Civil Veterinary Dept. Assam report 1927-50 - 1927-1950
Year: 1927
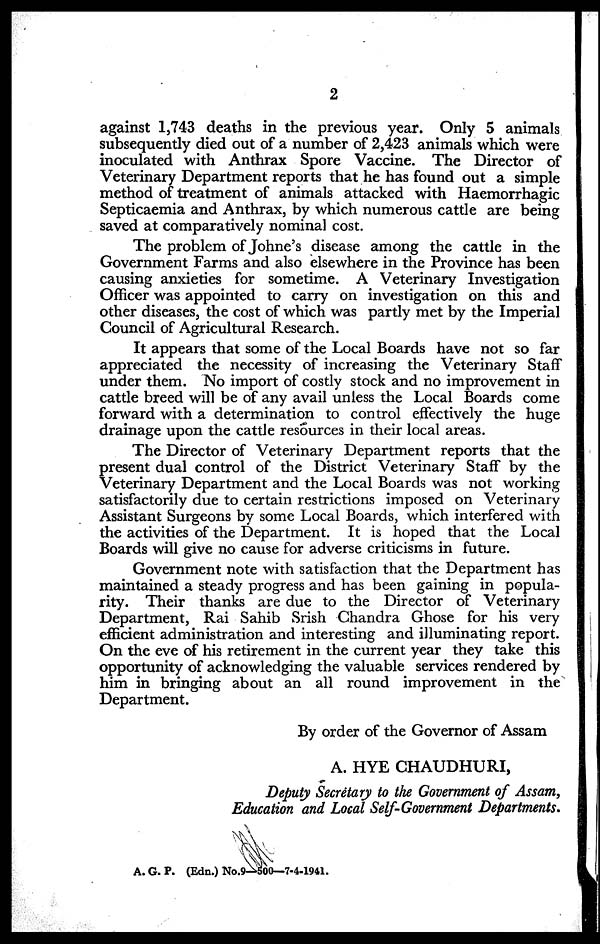
2
against 1,743 deaths in the previous year. Only 5 animals
subsequently died out of a number of 2,423 animals which were
inoculated with Anthrax Spore Vaccine. The Director of
Veterinary Department reports that he has found out a simple
method of treatment of animals attacked with Haemorrhagic
Septicaemia and Anthrax, by which numerous cattle are being
saved at comparatively nominal cost.
The problem of Johne's disease among the cattle in the
Government Farms and also elsewhere in the Province has been
causing anxieties for sometime. A Veterinary Investigation
Officer was appointed to carry on investigation on this and
other diseases, the cost of which was partly met by the Imperial
Council of Agricultural Research.
It appears that some of the Local Boards have not so far
appreciated the necessity of increasing the Veterinary Staff
under them. No import of costly stock and no improvement in
cattle breed will be of any avail unless the Local Boards come
forward with a determination to control effectively the huge
drainage upon the cattle resources in their local areas.
The Director of Veterinary Department reports that the
present dual control of the District Veterinary Staff by the
Veterinary Department and the Local Boards was not working
satisfactorily due to certain restrictions imposed on Veterinary
Assistant Surgeons by some Local Boards, which interfered with
the activities of the Department. It is hoped that the Local
Boards will give no cause for adverse criticisms in future.
Government note with satisfaction that the Department has
maintained a steady progress and has been gaining in popula-
rity. Their thanks are due to the Director of Veterinary
Department, Rai Sahib Srish Chandra Ghose for his very
efficient administration and interesting and illuminating report.
On the eve of his retirement in the current year they take this
opportunity of acknowledging the valuable services rendered by
him in bringing about an all round improvement in the
Department.
By order of the Governor of Assam
A. HYE CHAUDHURI,
Deputy Secretary to the Government of Assam,
Education and Local Self-Government Departments.
A. G. P. (Edn.) No.9-500—7-4-1941.